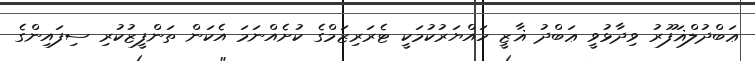
ޢަބްދުލްޣަފޫރު ވިދާޅުވީ ޢަބްދު ޣާޒީ ހައްޔަރުކުމަކީ ޓެރަރިޒަމްގެ ކުށެއްނަމަ އެކަން ތަންފީޒުކުރި ސިފައިންގެ